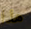
هذا